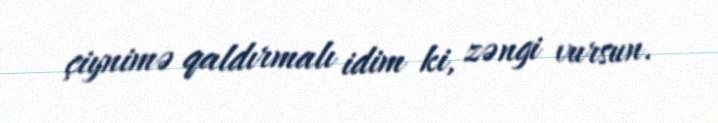
çiynimə qaldırmalı idim ki, zəngi vursun.